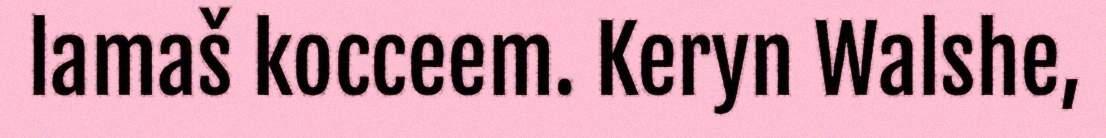
lamaš kocceem. Keryn Walshe,